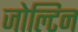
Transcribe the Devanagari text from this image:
जोल्टिन